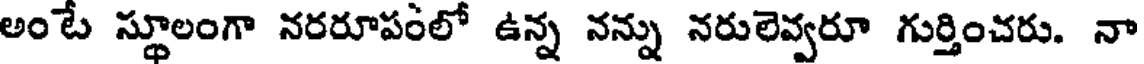
అంటే స్థూలంగా నరరూపంలో ఉన్న నన్ను నరులెవ్వరూ గుర్తించరు. నా